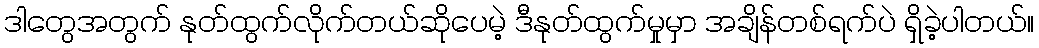
ဒါတွေအတွက် နုတ်ထွက်လိုက်တယ်ဆိုပေမဲ့ ဒီနုတ်ထွက်မှုမှာ အချိန်တစ်ရက်ပဲ ရှိခဲ့ပါတယ်။